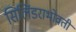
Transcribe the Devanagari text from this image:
सिलिंडराभोवती